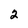
Character: 2